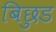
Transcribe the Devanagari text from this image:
बिछुड